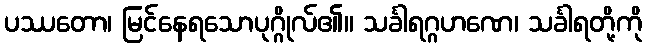
ပဿတော၊ မြင်နေရသောပုဂ္ဂိုလ်၏။ သင်္ခါရဂ္ဂဟဏေ၊ သင်္ခါရတို့ကို